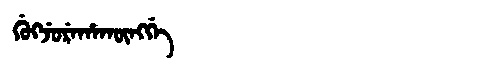
Manchu: ᡤᡠᡴᠵᡠᡵᡝᡥᠠᡴᡡᠩᡤᡝ
Romanization: GUKJUREHAKŪNGGE